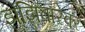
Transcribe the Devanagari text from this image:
झंझिबारवर